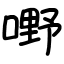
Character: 嘢